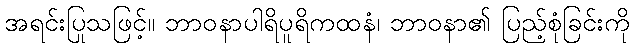
အရင်းပြုသဖြင့်။ ဘာဝနာပါရိပူရိကထနံ၊ ဘာဝနာ၏ ပြည့်စုံခြင်းကို